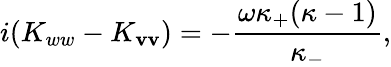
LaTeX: i(K_{ww}-K_{\mathbf{v}\mathbf{v}})=-\frac{{\omega\kappa_{+}(\kappa-1)}}{{\kappa_{-}}},